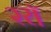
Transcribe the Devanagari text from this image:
२रॉ